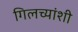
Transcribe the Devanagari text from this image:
गिलच्यांशी